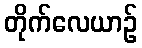
တိုက်လေယာဉ်